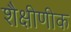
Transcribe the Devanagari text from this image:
शैक्षीणीक